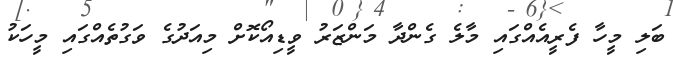
ބަލި މީހާ ފެރީއެއްގައި މާލެ ގެންދާ މަންޒަރު ވީޑިއޯކޮށް މިއަދުގެ ވަގުތެއްގައި މީހަކު